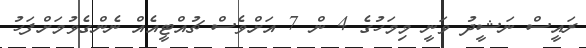
ރައީސް ނަޝީދު ވަނީ މިމަހުގެ 4 ން 7 އަށްވެސް ޗުއްޓީއެއް ނެންގެވުމަށްފަހު